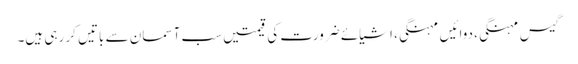
گیس مہنگی، دوائیں مہنگی، اشیائے ضرورت کی قیمتیں سب آسمان سے باتیں کر رہی ہیں۔